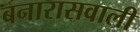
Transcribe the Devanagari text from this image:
बनारासवाली